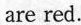
are red.